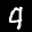
Label: 9